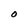
Character: O